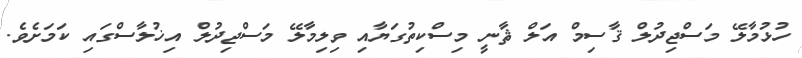
ހުޅުމާލޭ މަސްޖިދުލް ޤާސިމް އަލް ޘާނީ މިސްކިތުގަޔާއި ވިލިމާލޭ މަސްޖިދުލް އިޚުލާސްގައި ކަމަށެވެ.